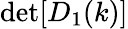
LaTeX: \operatorname*{det}[D_{1}(k)]